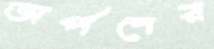
অর্পণের